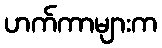
ဟက်ကာများက